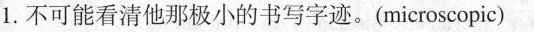
1.不可能看清他那极小的书写字迹。(microscopic)